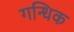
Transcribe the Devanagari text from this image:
गन्धिक